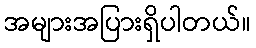
အများအပြားရှိပါတယ်။